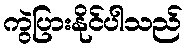
ကွဲပြားနိုင်ပါသည်